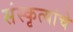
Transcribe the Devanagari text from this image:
संस्कृत्यांचे